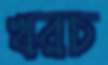
খরচ